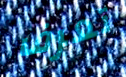
تعرف